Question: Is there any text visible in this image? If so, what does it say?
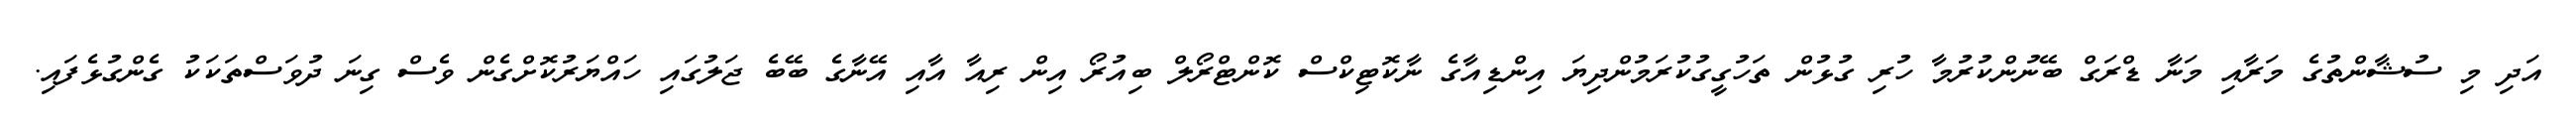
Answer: އަދި މި ސުޝާންތުގެ މަރާއި މަނާ ޑްރަގް ބޭނުންކުރުމާ ހުރި ގުޅުން ތަހުގީގުކުރަމުންދިޔަ އިންޑިއާގެ ނާކޮޓިކްސް ކޮންޓްރޯލް ބިއުރޯ އިން ރިއާ އާއި އޭނާގެ ބޭބެ ޖަލުގައި ހައްޔަރުކޮށްގެން ވެސް ގިނަ ދުވަސްތަކަކު ގެންގުޅެފައި.